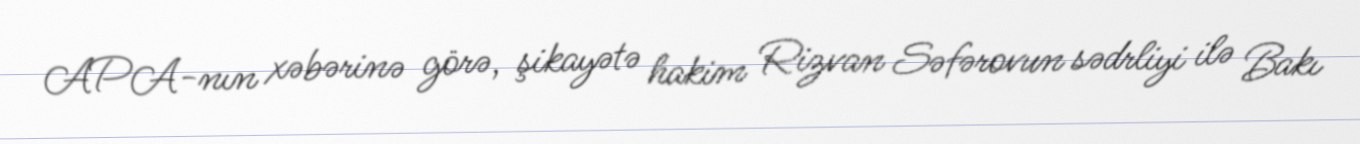
APA-nın xəbərinə görə, şikayətə hakim Rizvan Səfərovun sədrliyi ilə Bakı